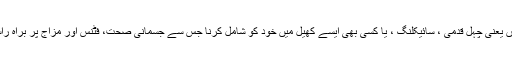
جسمانی سرگرمیاں یعنی چہل قدمی ، سائیکلنگ ، یا کسی بھی ایسے کھیل میں خود کو شامل کرنا جس سے جسمانی صحت، فٹنس اور مزاج پر براہ راست اثر پڑتا ہوں ۔